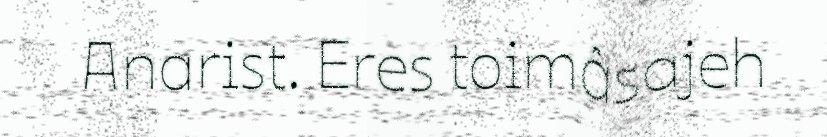
Anarist. Eres toimâsajeh